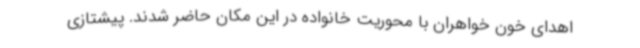
اهدای خون خواهران با محوریت خانواده در این مکان حاضر شدند. پیشتازی